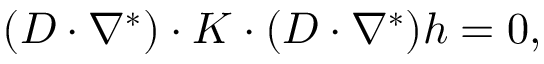
\begin{array} { r } { ( D \cdot \nabla ^ { * } ) \cdot K \cdot ( D \cdot \nabla ^ { * } ) h = 0 , } \end{array}